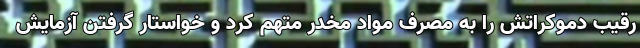
رقیب دموکراتش را به مصرف مواد مخدر متهم کرد و خواستار گرفتن آزمایش